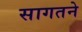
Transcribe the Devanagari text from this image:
सागतने